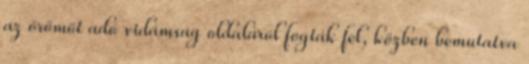
az örömöt adó vidámság oldaláról fogták fel, közben bemutatva